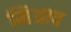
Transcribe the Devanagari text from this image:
निआप